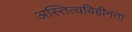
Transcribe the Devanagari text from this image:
अस्तित्वविहीनता